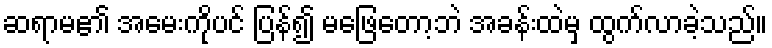
ဆရာမ၏ အမေးကိုပင် ပြန်၍ မဖြေတော့ဘဲ အခန်းထဲမှ ထွက်လာခဲ့သည်။